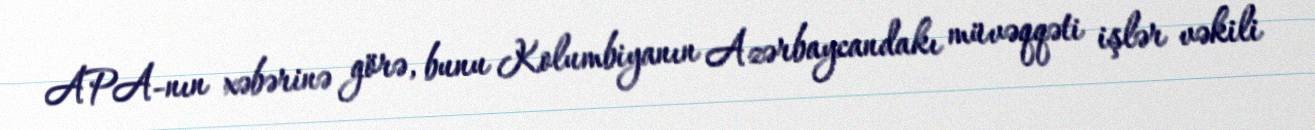
APA-nın xəbərinə görə, bunu Kolumbiyanın Azərbaycandakı müvəqqəti işlər vəkili